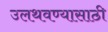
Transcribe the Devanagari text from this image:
उलथवण्यासाठी